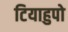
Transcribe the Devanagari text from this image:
टियाहुपो